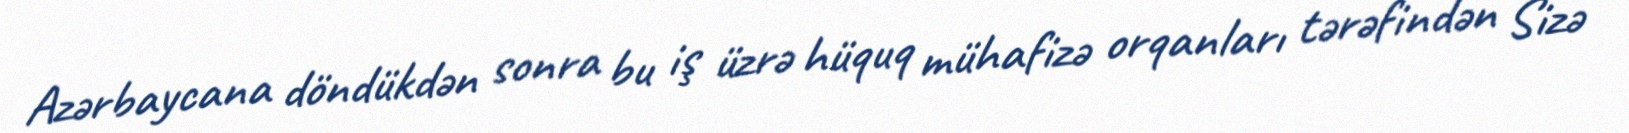
Azərbaycana döndükdən sonra bu iş üzrə hüquq mühafizə orqanları tərəfindən Sizə